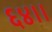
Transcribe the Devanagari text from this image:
६४।।